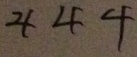
4 4 4